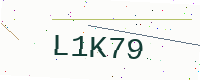
Text: L1K79